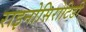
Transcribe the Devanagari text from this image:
राइनोसिरोटिडी